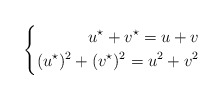
\begin{align*}\left\{\begin{aligned}u^\star+v^\star =u+v\\(u^\star)^2+(v^\star)^2 =u^2+v^2 \end{aligned}\right. \end{align*}